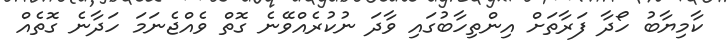
ކާމިޔާބު ހޯދާ ފަރާތަށް އިންތިހާބުގައި ވާދަ ނުކުރެއްވޭނެ ގޮތް ވެއްޖެނަމަ ހަދާނެ ގޮތެއް